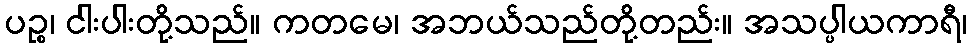
ပဉ္စ၊ ငါးပါးတို့သည်။ ကတမေ၊ အဘယ်သည်တို့တည်း။ အသပ္ပါယကာရီ၊